Newspaper: Memphis daily appeal. [volume]
Place of publication: Memphis, Tenn.
Publisher: S.T. Seawell & W.N. Stanton
Date: 1885-01-09 00:00:00
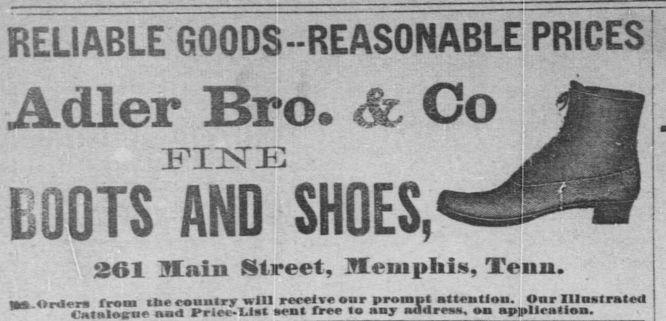
Advertisement text (OCR):
RELIABLE GOODS-REASONABLE PRICES r Bro. & Co FINE AND SHOES, 261 Main Street, Memphis, Tenu. M Order from the rannlrr will re!, mf prompt attention. Onrlllual I nlHloiiur M4 Jrie-Lll avnt fre MJ Kldrnm .M application. BOOTS n
Label: illustrations